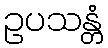
ဥပသန္တံ